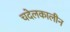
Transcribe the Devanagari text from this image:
चदेलकालीन